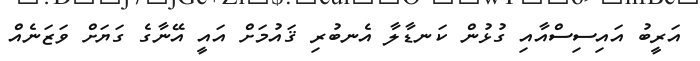
އަރީބު އައިސިސްއާއި ގުޅުން ކަނޑާލާ އެނބުރި ޤައުމަށް އައީ އޭނާގެ ގަޔަށް ވަޒަނެއް